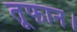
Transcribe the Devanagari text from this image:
तूफान।